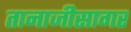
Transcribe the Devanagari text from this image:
तानाजीसागर